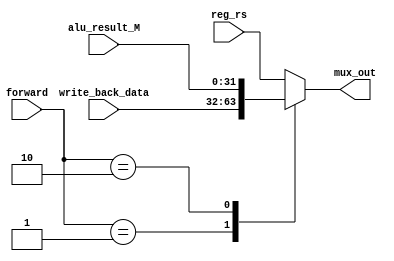
`timescale 1ns / 1ps
//////////////////////////////////////////////////////////////////////////////////
// Company: 
// Engineer: 
// 
// Design Name: 
// Module Name: mux_3_to_1
// Project Name: 
// Target Devices: 
// Tool Versions: 
// Description: 
// 
// Dependencies: 
// 
// Revision:
// Revision 0.01 - File Created
// Additional Comments:
// 
//////////////////////////////////////////////////////////////////////////////////


module mux_3_to_1(
input [31:0] reg_rs,
input [31:0] write_back_data,
input [31:0] alu_result_M,
input [1:0] forward,
output reg [31:0] mux_out
);

always @(*)
begin
  case(forward)
   2'b00: mux_out = reg_rs;
   2'b01: mux_out = write_back_data;
   2'b10: mux_out = alu_result_M;
   default: mux_out = reg_rs;
  endcase 
end 

endmodule